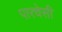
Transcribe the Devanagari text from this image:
पारचेसी